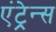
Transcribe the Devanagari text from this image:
एंट्रेन्स